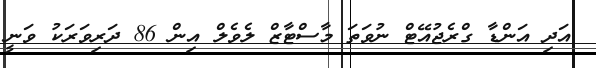
އަދި އަންޑާ ގްރެޖުއޭޓް ނުވަތަ މާސްޓާޒް ލެވެލް އިން 86 ދަރިވަރަކު ވަނީ